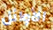
الأوائل